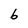
Character: 6